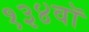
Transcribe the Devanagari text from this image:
१३४वॉ